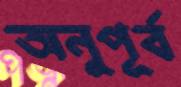
অনুপূর্ব